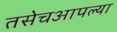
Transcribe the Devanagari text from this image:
तसेचआपल्या